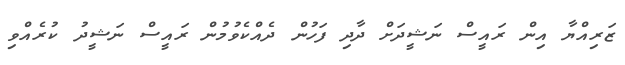
ޒަރިއްޔާ އިން ރައީސް ނަޝީދަށް ދާދި ފަހުން ދެއްކެވުމުން ރައީސް ނަޝީދު ކުރެއްވި